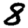
Digit: 8